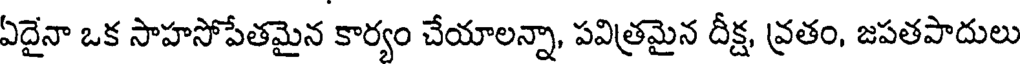
ఏదైనా ఒక సాహసోపేతమైన కార్యం చేయాలన్నా, పవిత్రమైన దీక్ష, వ్రతం, జపతపాదులు